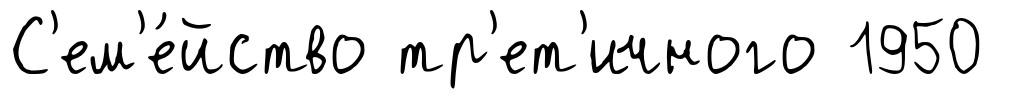
С'ем'е́йство тр'ет'ичного 1950